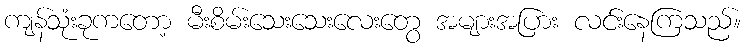
ကျန်သုံးခုကတော့ မီးစိမ်းသေးသေးလေးတွေ အများအပြား လင်းနေကြသည်။